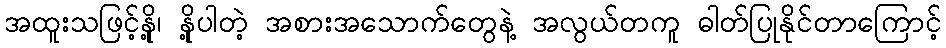
အထူးသဖြင့်နို့၊ နို့ပါတဲ့ အစားအသောက်တွေနဲ့ အလွယ်တကူ ဓါတ်ပြုနိုင်တာကြောင့်